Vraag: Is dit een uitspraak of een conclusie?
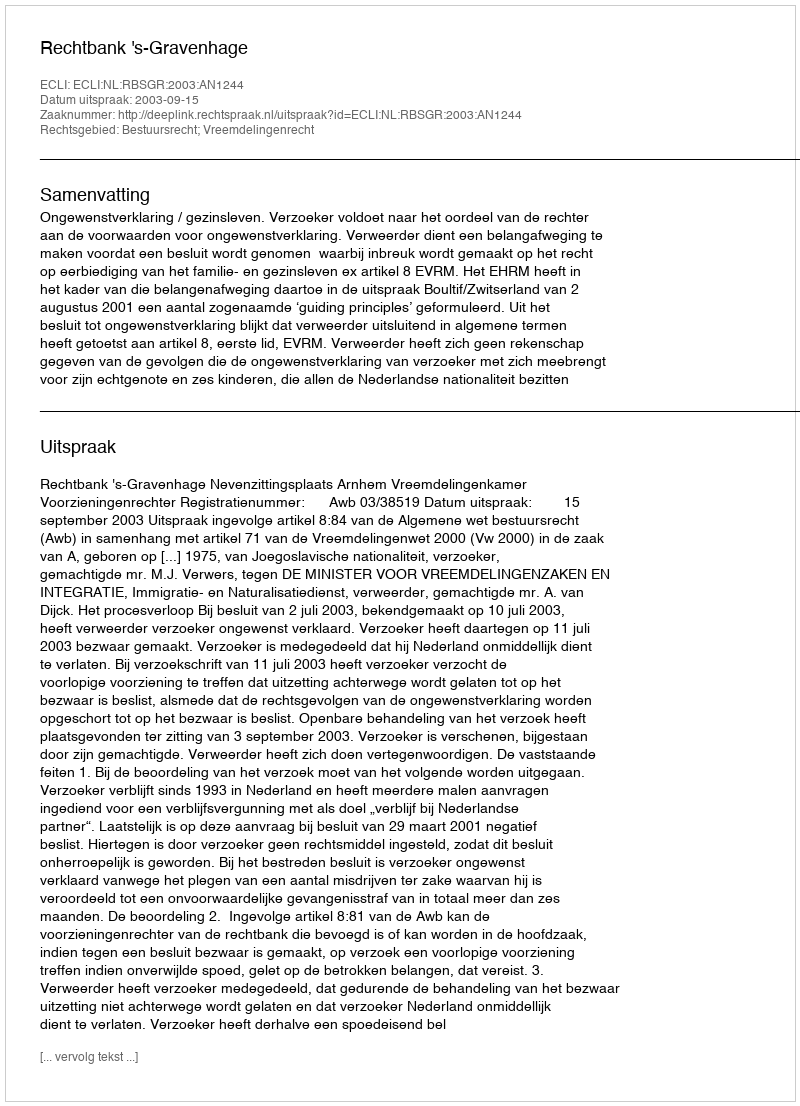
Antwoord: Uitspraak